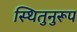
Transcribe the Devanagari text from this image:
स्थितुनुरूप